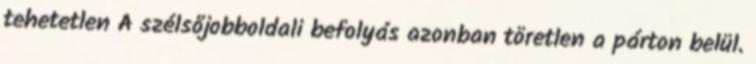
tehetetlen A szélsőjobboldali befolyás azonban töretlen a párton belül.